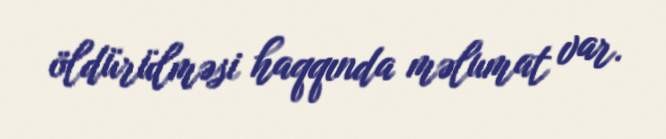
öldürülməsi haqqında məlumat var.